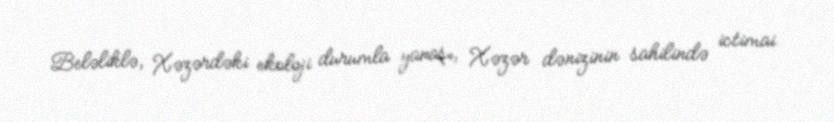
Beləliklə, Xəzərdəki ekoloji durumla yanaşı, Xəzər dənizinin sahilində ictimai